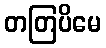
တတြပိမေ